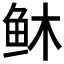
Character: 𫠏